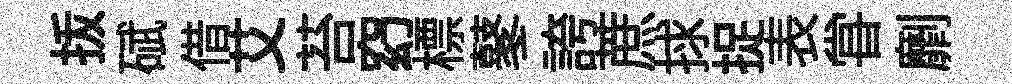
㧞碔借艾苔𥥆標鼕誇蔗捄捉表甞劘